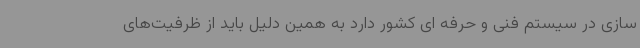
سازی در سیستم فنی و حرفه ای کشور دارد به همین دلیل باید از ظرفیت‌های